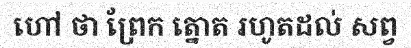
ហៅ ថា ព្រែក ត្នោត រហូតដល់ សព្វ